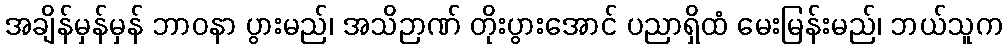
အချိန်မှန်မှန် ဘာဝနာ ပွားမည်၊ အသိဉာဏ် တိုးပွားအောင် ပညာရှိထံ မေးမြန်းမည်၊ ဘယ်သူက